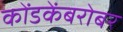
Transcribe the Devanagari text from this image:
कोंडकेंबरोबर